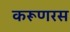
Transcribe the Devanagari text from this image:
करूणरस